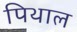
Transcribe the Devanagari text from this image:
पिथाल